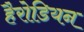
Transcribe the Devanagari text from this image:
हैरोडियन